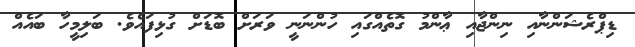
ޑިޕްރެޝަންނާއި ނިންޖާއި ޢާންމު ގޮތެއްގައި ހުންނަނީ ވަރަށް ބޮޑަށް ގުޅިފައެވެ. ބަލިމީހާ ބައެއް